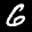
Label: 6